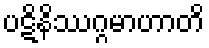
ပဋိနိဿဂ္ဂမာဟာတိ